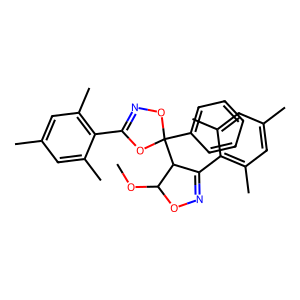
SMILES: COC1ON=C(c2c(C)cc(C)cc2C)C1C1(c2ccccc2)ON=C(c2c(C)cc(C)cc2C)O1
Inhibits HIV replication: No